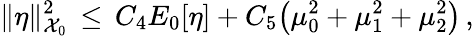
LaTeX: \| \eta\| _{\mathcal{X}_{0}}^{2}\, \le\, C_{4}E_{0}[\eta]+C_{5}\bigl(\mu_{0}^{2}+\mu_{1}^{2}+\mu_{2}^{2}\bigr)\, ,